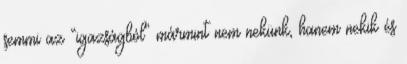
semmi az “igazságból” mármint nem nekünk, hanem nekik és